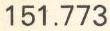
151.773